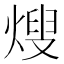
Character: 𭵕